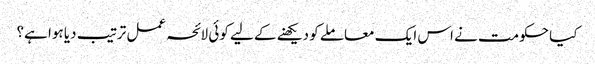
کیا حکومت نے اس ایک معاملے کو دیکھنے کے لیے کوئی لائحہ عمل ترتیب دیا ہوا ہے؟